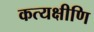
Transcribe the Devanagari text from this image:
कत्यक्षीणि